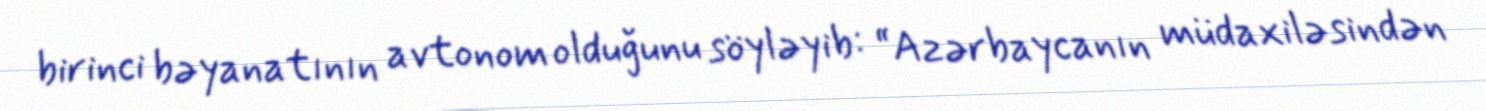
birinci bəyanatının avtonom olduğunu söyləyib: “Azərbaycanın müdaxiləsindən